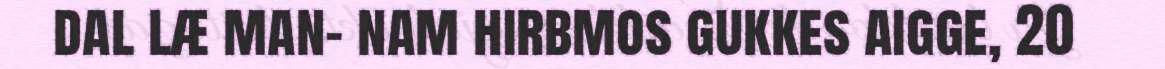
dal læ man- nam hirbmos gukkes aigge, 20